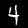
Label: 4